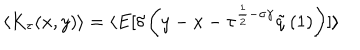
\langle K _ { \tau } ( x , y ) \rangle = \langle E [ \delta \left( y - x - \tau ^ { \frac { 1 } { 2 } - \sigma \gamma } \tilde { q } \left( 1 \right) \right) ] \rangle